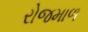
રોજમાળ